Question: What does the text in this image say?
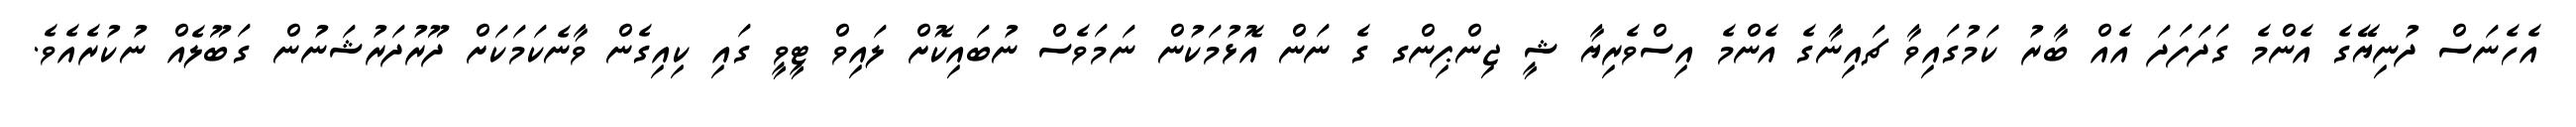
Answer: އެހެނަސް ދުނިޔޭގެ އެންމެ ގަދަފަދަ އެއް ބާރު ކަމުގައިވާ ޗައިނާގެ އެންމެ އިސްވެރިޔާ ޝީ ޖިންޕިންގ ގެ ނަން އޮޅުމަކުން ނަމަވެސް ނުބައިކޮށް ލައިވް ޓީވީ ގައި ކިއިގެން ވާނެކަމަކަށް ދޫރުދަރުޝަނުން ގަބޫލެއް ނުކުރެއެވެ.